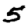
Digit: 5